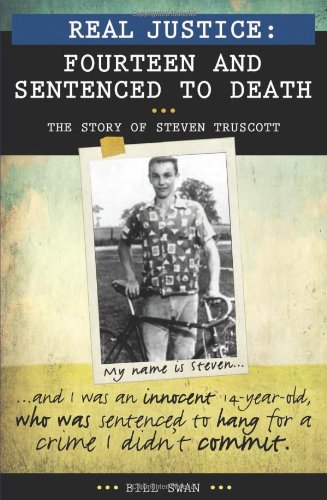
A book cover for Real Justice: Fourteen and Sentenced to Death: The Story of Steven Truscott (Lorimer Real Justice); Bill Swan; Teen & Young Adult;